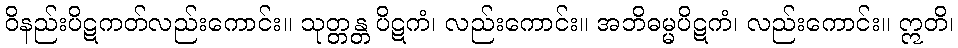
ဝိနည်းပိဋကတ်လည်းကောင်း။ သုတ္တန္တ ပိဋကံ၊ လည်းကောင်း။ အဘိဓမ္မပိဋကံ၊ လည်းကောင်း။ ဣတိ၊